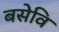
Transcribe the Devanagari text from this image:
बसेवि